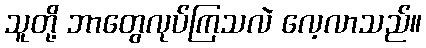
သူတို့ ဘာတွေလုပ်ကြသလဲ လေ့လာသည်။